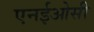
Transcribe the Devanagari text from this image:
एनईओसी